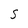
Character: S